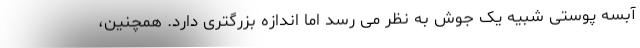
آبسه پوستی شبیه یک جوش به نظر می رسد اما اندازه بزرگتری دارد. همچنین،